Report of cholera committee
Disease focus: Cholera
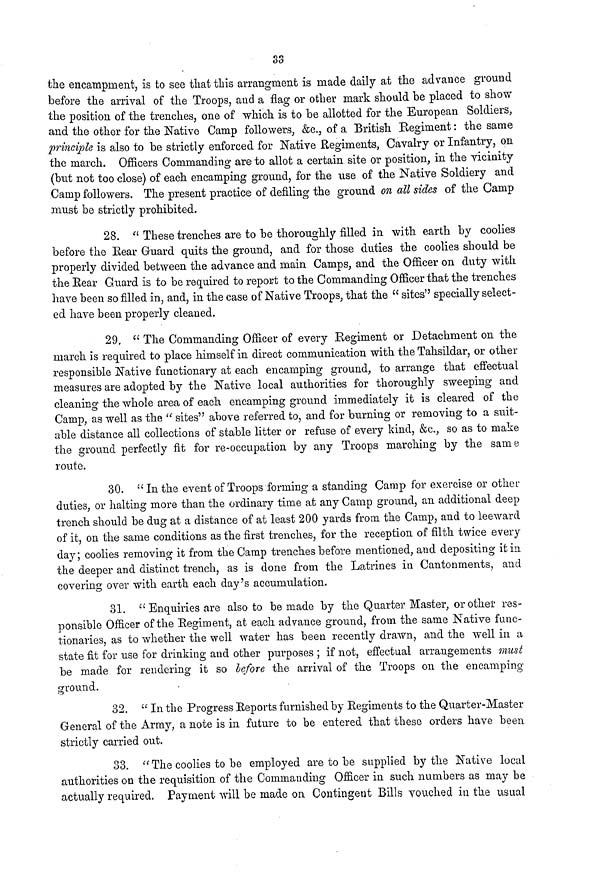
33
the encampment, is to see that this arrangment is made daily at the advance ground
before the arrival of the Troops, and a flag or other mark should be placed to show
the position of the trenches, one of which is to be allotted for the European Soldiers,
and the other for the Native Camp followers, &c., of a British Regiment: the same
principle is also to be strictly enforced for Native Regiments, Cavalry or Infantry, on
the march. Officers Commanding are to allot a certain site or position, in the vicinity
(but not too close) of each encamping ground, for the use of the Native Soldiery and
Camp followers. The present practice of defiling the ground on all sides of the Camp
must be strictly prohibited.
28. " These trenches are to be thoroughly filled in with earth by coolies
before the Bear Guard quits the ground, and for those duties the coolies should be
properly divided between the advance and main Camps, and the Officer on duty with
the Rear Guard is to be required to report to the Commanding Officer that the trenches
have been so filled in, and, in the case of Native Troops, that the " sites" specially select-
ed have been properly cleaned.
29. " The Commanding Officer of every Regiment or Detachment on the
march is required to place himself in direct communication with the Tahsildar, or other
responsible Native functionary at each encamping ground, to arrange that effectual
measures are adopted by the Native local authorities for thoroughly sweeping and
cleaning the whole area of each encamping ground immediately it is cleared of the
Camp, as well as the " sites" above referred to, and for burning or removing to a suit-
able distance all collections of stable litter or refuse of every kind, &c, so as to make
the ground perfectly fit for re-occupation by any Troops marching by the same
route.
30. "In the event of Troops forming a standing Camp for exercise or other
duties, or halting more than the ordinary time at any Camp ground, an additional deep
trench should be dug at a distance of at least 200 yards from the Camp, and to leeward
of it, on the same conditions as the first trenches, for the reception of filth twice every
day; coolies removing it from the Camp trenches before mentioned, and depositing it in
the deeper and distinct trench, as is done from the Latrines in Cantonments, and
covering over with earth each day's accumulation.
31. "Enquiries are also to be made by the Quarter Master, or other res-
ponsible Officer of the Regiment, at each advance ground, from the same Native func-
tionaries, as to whether the well water has been recently drawn, and the well in a
state fit for use for drinking and other purposes ; if not, effectual arrangements must
be made for rendering it so before the arrival of the Troops on the encamping
ground.
32. " In the Progress Reports furnished by Regiments to the Quarter-Master
General of the Army, a note is in future to be entered that these orders have been
strictly carried out.
33. "The coolies to be employed are to be supplied by the Native local
authorities on the requisition of the Commanding Officer in such numbers as may be
actually required. Payment will be made on Contingent Bills vouched in the usual